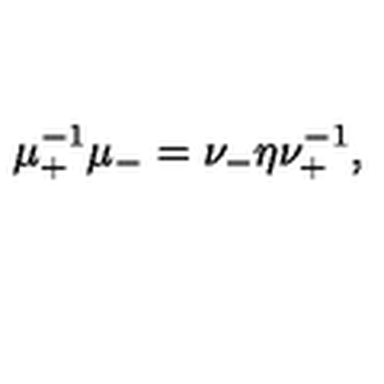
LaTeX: \mu _ { + } ^ { - 1 } \mu _ { - } = \nu _ { - } \eta \nu _ { + } ^ { - 1 } ,